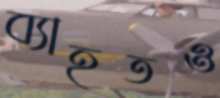
ব্যাহতও